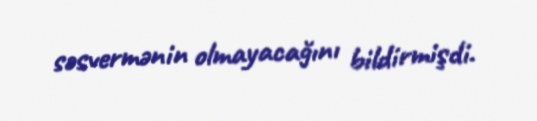
səsvermənin olmayacağını bildirmişdi.